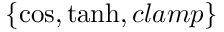
\{ \cos , \operatorname { t a n h } , c l a m p \}